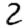
Digit: 2